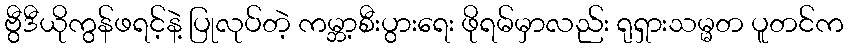
ဗွီဒီယိုကွန်ဖရင့်နဲ့ ပြုလုပ်တဲ့ ကမ္ဘာ့စီးပွားရေး ဖိုရမ်မှာလည်း ရုရှားသမ္မတ ပူတင်က